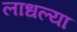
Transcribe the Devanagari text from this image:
लाधल्या